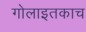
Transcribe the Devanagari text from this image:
गोलाइतकाच